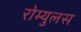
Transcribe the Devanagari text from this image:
रोम्युलस